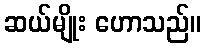
ဆယ်မျိုး ဟောသည်။